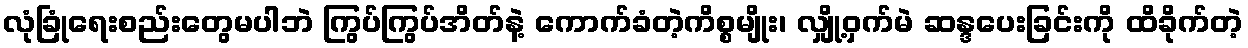
လုံခြုံရေးစည်းတွေမပါဘဲ ကြွပ်ကြွပ်အိတ်နဲ့ ကောက်ခံတဲ့ကိစ္စမျိုး၊ လျှို့ဝှက်မဲ ဆန္ဒပေးခြင်းကို ထိခိုက်တဲ့